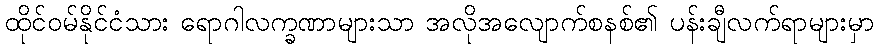
ထိုင်ဝမ်နိုင်ငံသား ရောဂါလက္ခဏာများသာ အလိုအလျောက်စနစ်၏ ပန်းချီလက်ရာများမှာ